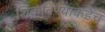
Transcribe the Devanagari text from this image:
शिकविण्याकडेच